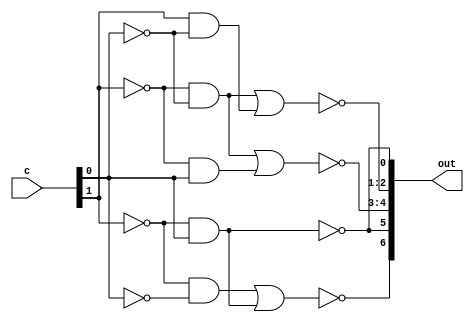
// 7-segment decoder using only assign statement and boolean algebra
// note: 7-segment display uses active low level, so we need to pass zero to highlight the segment
module seven_segment_decoder(c, out);
  input [1:0] c;
  output [6:0] out;
  
  assign out[0] = ~(~c[1] & c[0]);
  assign out[2:1] = ~((~c[1] & ~c[0]) | (c[1] & ~c[0]));
  assign out[4:3] = ~((~c[1] & ~c[0]) | (~c[1] & c[0]));
  assign out[5] = ~(~c[1] & c[0]);
  assign out[6] = ~((~c[1] & ~c[0]) | (~c[1] & c[0]));
endmodule